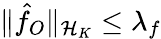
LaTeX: \| \hat{f}_{O}\| _{{\cal{H}}_{K}}\le\lambda_{f}